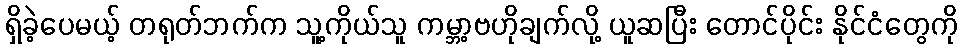
ရှိခဲ့ပေမယ့် တရုတ်ဘက်က သူ့ကိုယ်သူ ကမ္ဘာ့ဗဟိုချက်လို့ ယူဆပြီး တောင်ပိုင်း နိုင်ငံတွေကို